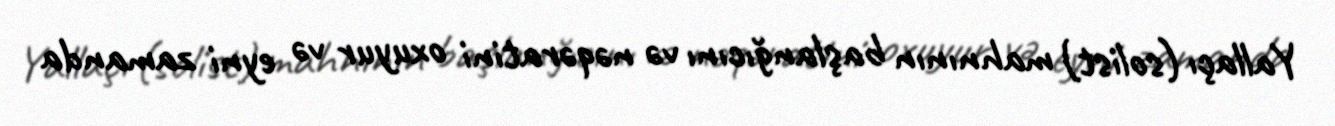
Yallaçı (solist) mahnının başlanğıcını və nəqəratini oxuyur və eyni zamanda